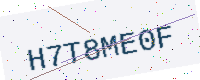
Text: H7T8ME0F